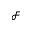
\mathcal { F }